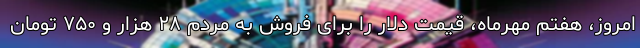
امروز، هفتم مهرماه، قیمت دلار را برای فروش به مردم ۲۸ هزار و ۷۵۰ تومان